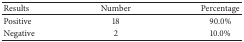
<table><thead><tr><td><b>Results</b></td><td><b>Number</b></td><td><b>Percentage</b></td></tr></thead><tbody><tr><td>Positive</td><td>18</td><td>90.0%</td></tr><tr><td>Negative</td><td>2</td><td>10.0%</td></tr></tbody></table>